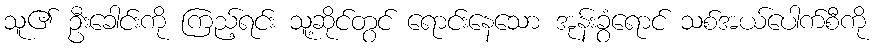
သူ၏ ဦးခေါင်းကို ကြည့်ရင်း သူ့ဆိုင်တွင် ရောင်းနေသော အုန်းခွံရောင် သစ်အယ်ပေါက်စီကို